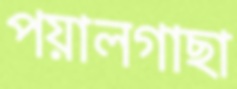
পয়ালগাছা